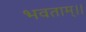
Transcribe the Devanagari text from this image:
भवताम्।।